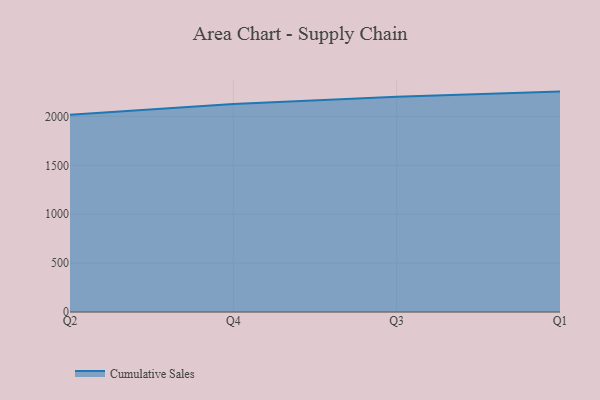
{"axis": {"x": "Quarter", "y": "Production Output"}, "legend": ["Cumulative Sales"], "data": [{"x": "Q2", "y": 2017.5, "type": "Cumulative Sales"}, {"x": "Q4", "y": 2127.5, "type": "Cumulative Sales"}, {"x": "Q3", "y": 2200.6, "type": "Cumulative Sales"}, {"x": "Q1", "y": 2254.2, "type": "Cumulative Sales"}]}